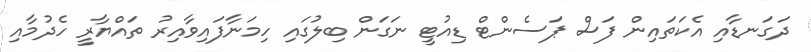
ދަގަނޑާއި އެކަތައިން ފަސް ޕަސެންޓް ޑިއުޓީ ނަގަން ބިލުގައި ހިމަނާފައިވާއިރު ތައްޔާރީ ހެދުމާއި